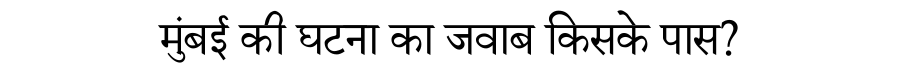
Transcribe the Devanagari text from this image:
मुंबई की घटना का जवाब किसके पास?